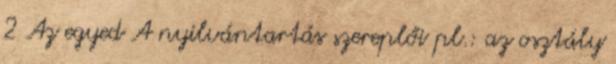
2 Az egyed A nyilvántartás szereplői pl.: az osztály